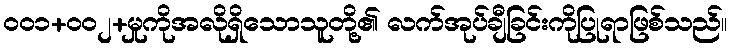
ဝဝ၁+ဝဝ၂+မှုကိုအလိုရှိသောသူတို့၏ လက်အုပ်ချီခြင်းကိုပြုရာဖြစ်သည်။